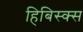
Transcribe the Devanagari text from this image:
हिबिस्क्‍स